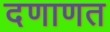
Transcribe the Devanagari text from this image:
दणाणत